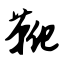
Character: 靴